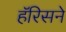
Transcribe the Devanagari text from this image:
हॅरिसने